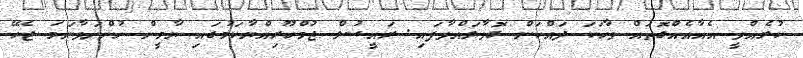
ކުރެއްވީ އެއާއެއްގޮތައް ވާހަކަ ދައްކަން ގޮވާލައްވާފައި. ރައީސުލް ޖުމްހޫރިއްޔާކަމުގައި ޔާމީން ހުންނަވާނަމަ ޖެހޭ